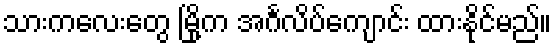
သားကလေးတွေ မြို့က အင်္ဂလိပ်ကျောင်း ထားနိုင်မည်။